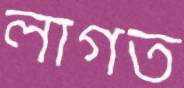
লাগত